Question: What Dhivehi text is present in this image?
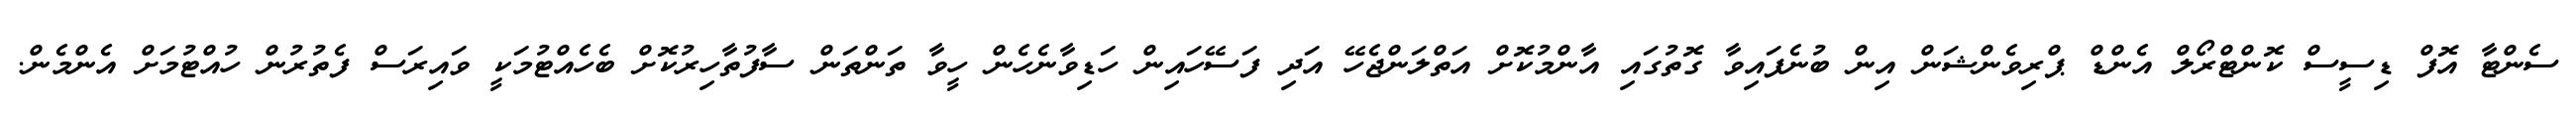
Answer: ސެންޓާ އޮފް ޑިސީސް ކޮންޓްރޯލް އެންޑް ޕްރިވެންޝަން އިން ބުނެފައިވާ ގޮތުގައި އާންމުކޮށް އަތްލަންޖެހޭ އަދި ފަސޭހައިން ހަޑިވާނެހެން ހީވާ ތަންތަން ސާފުތާހިރުކޮށް ބެހެއްޓުމަކީ ވައިރަސް ފެތުރުން ހުއްޓުމަށް އެންމެން.